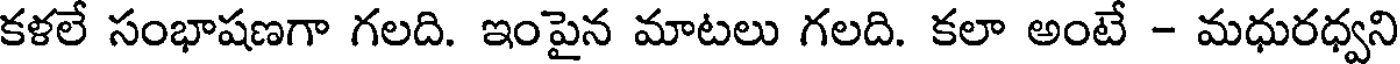
కళలే సంభాషణగా గలది. ఇంపైన మాటలు గలది. కలా అంటే - మధురధ్వని